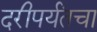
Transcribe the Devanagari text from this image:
दरीपर्यंतचा